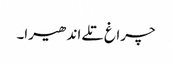
چراغ تلے اندھیرا۔